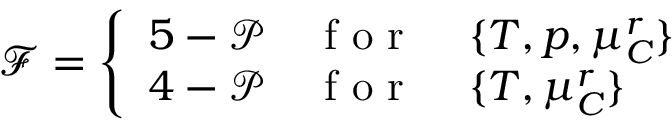
\mathcal { F } = \left\{ \begin{array} { l l } { 5 - \mathcal { P } } & { \mathrm { ~ f ~ o ~ r ~ } \, \quad \{ T , p , \mu _ { C } ^ { r } \} } \\ { 4 - \mathcal { P } } & { \mathrm { ~ f ~ o ~ r ~ } \, \quad \{ T , \mu _ { C } ^ { r } \} } \end{array} \right.